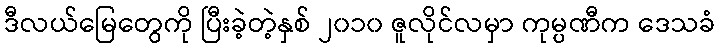
ဒီလယ်မြေတွေကို ပြီးခဲ့တဲ့နှစ် ၂၀၁၀ ဇူလိုင်လမှာ ကုမ္ပဏီက ဒေသခံ